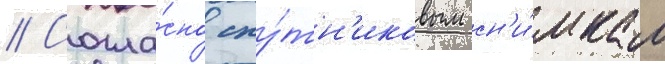
// Согла́сно спу́тн'иковым сн'и́мкам